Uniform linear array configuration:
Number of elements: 16
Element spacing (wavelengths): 0.75
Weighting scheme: hamming
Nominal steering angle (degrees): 30
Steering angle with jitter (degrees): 31.791
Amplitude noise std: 0.05
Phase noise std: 0.05

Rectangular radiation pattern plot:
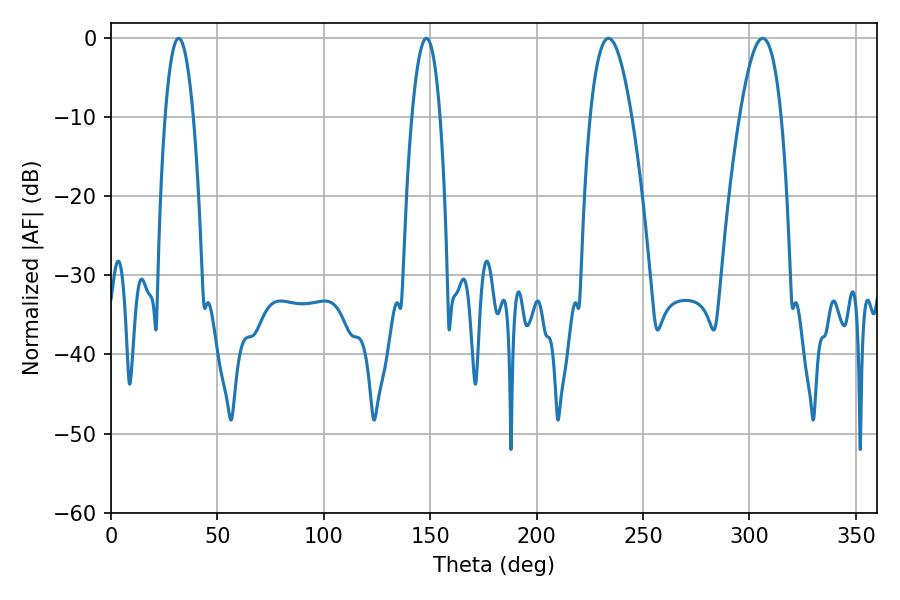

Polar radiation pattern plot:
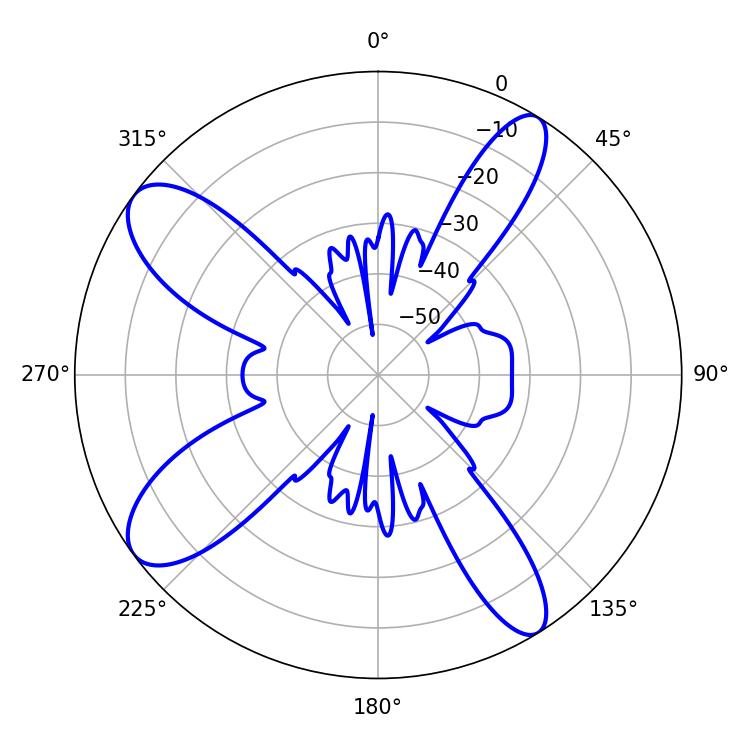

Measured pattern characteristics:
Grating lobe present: TRUE
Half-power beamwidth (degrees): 10.62
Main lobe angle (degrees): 306.18